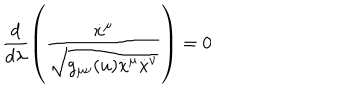
LaTeX: \frac { d } { d \lambda } \left( \frac { \dot { x } ^ { \mu } } { \sqrt { g _ { \mu \nu } ( u ) \dot { x } ^ { \mu } \dot { x } ^ { \nu } } } \right) = 0